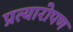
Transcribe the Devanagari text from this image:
प्रत्‍यारोपण